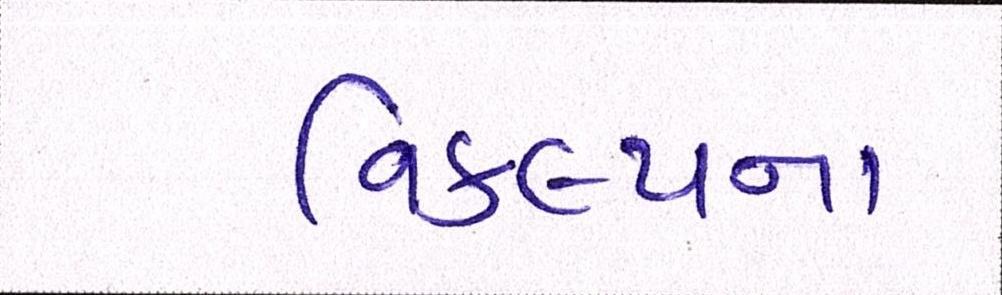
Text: વિકલ્પના